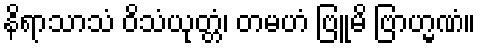
နိရာသာသံ ဝိသံယုတ္တံ၊ တမဟံ ဗြူမိ ဗြာဟ္မဏံ။